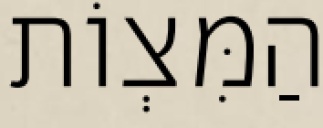
הַמִּצְוֹת